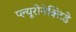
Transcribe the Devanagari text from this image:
प्ल्यूरोनेक्टिडे